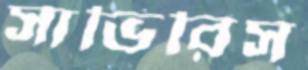
সাভিরিস